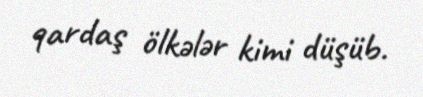
qardaş ölkələr kimi düşüb.